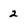
Character: 2